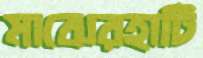
মাঝেরহাটি